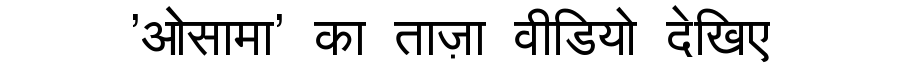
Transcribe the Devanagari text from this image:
'ओसामा' का ताज़ा वीडियो देखिए